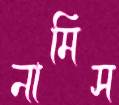
নামিস